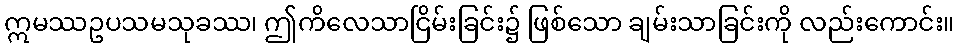
ဣမဿဥပသမသုခဿ၊ ဤကိလေသာငြိမ်းခြင်း၌ ဖြစ်သော ချမ်းသာခြင်းကို လည်းကောင်း။